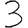
Digit: 3